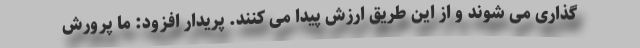
گذاری می شوند و از این طریق ارزش پیدا می کنند. پریدار افزود: ما پرورش